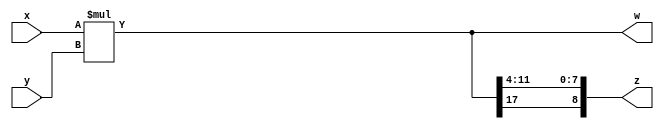
module mult_test(x,y,z,w);

	//1 sign bit + 4 integer bits + 4 decimal bits
	input  signed [8:0] x, y;
	output signed [17:0] w;
	output signed [8:0] z;
		
	assign w = x*y;
	assign z = {w[17],w[11:4]};

endmodule